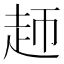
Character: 䞙